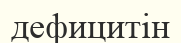
дефицитін